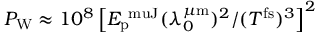
P _ { \mathrm { W } } \approx 1 0 ^ { 8 } \left[ E _ { \mathrm { p } } ^ { \mathrm { { \ m u J } } } ( \lambda _ { 0 } ^ { \mu \mathrm { { m } } } ) ^ { 2 } / ( T ^ { \mathrm { { f s } } } ) ^ { 3 } \right] ^ { 2 }